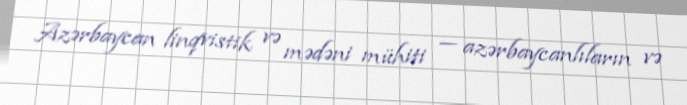
Azərbaycan linqvistik və mədəni mühiti — azərbaycanlıların və